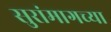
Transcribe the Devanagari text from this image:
सुरांमागच्या